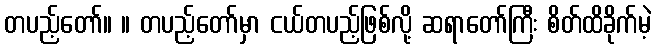
တပည့်တော်။ ။ တပည့်တော်မှာ ငယ်တပည့်ဖြစ်လို့ ဆရာတော်ကြီး စိတ်ထိခိုက်မဲ့